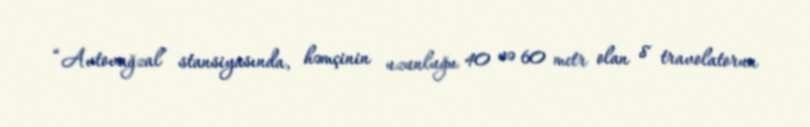
“Avtovağzal” stansiyasında, həmçinin uzunluğu 40 və 60 metr olan 8 travolatorun